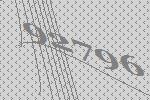
92796